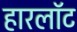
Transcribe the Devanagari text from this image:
हारलॉट